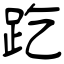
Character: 趷